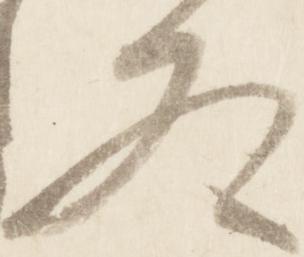
冬